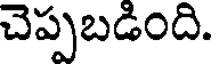
చెప్పబడింది.